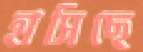
হাসিছে